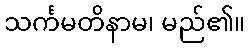
သင်္ကမတိနာမ၊ မည်၏။